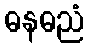
ဓနဓညံ